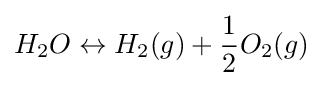
H_{2}O\leftrightarrow H_{2}(g)+{\frac {1}{2}}O_{2}(g)